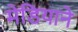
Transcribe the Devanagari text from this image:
मेडियाने